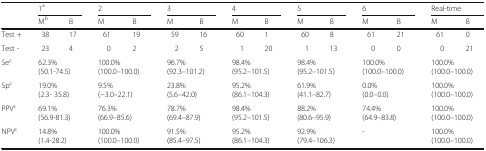
<table><thead><tr><td rowspan="2"></td><td colspan="2"><b>1<sup>a</sup></b></td><td colspan="2"><b>2</b></td><td colspan="2"><b>3</b></td><td colspan="2"><b>4</b></td><td colspan="2"><b>5</b></td><td colspan="2"><b>6</b></td><td colspan="2"><b>Real-time</b></td></tr><tr><td><b>M<sup>b</sup></b></td><td><b>B</b></td><td><b>M</b></td><td><b>B</b></td><td><b>M</b></td><td><b>B</b></td><td><b>M</b></td><td><b>B</b></td><td><b>M</b></td><td><b>B</b></td><td><b>M</b></td><td><b>B</b></td><td><b>M</b></td><td><b>B</b></td></tr></thead><tbody><tr><td>Test +</td><td>38</td><td>17</td><td>61</td><td>19</td><td>59</td><td>16</td><td>60</td><td>1</td><td>60</td><td>8</td><td>61</td><td>21</td><td>61</td><td>0</td></tr><tr><td>Test -</td><td>23</td><td>4</td><td>0</td><td>2</td><td>2</td><td>5</td><td>1</td><td>20</td><td>1</td><td>13</td><td>0</td><td>0</td><td>0</td><td>21</td></tr><tr><td>Se<sup>c</sup></td><td colspan="2">62.3%(50.1-74.5)</td><td colspan="2">100.0%(100.0–100.0)</td><td colspan="2">96.7%(92.3–101.2)</td><td colspan="2">98.4%(95.2–101.5)</td><td colspan="2">98.4%(95.2–101.5)</td><td colspan="2">100.0%(100.0–100.0)</td><td colspan="2">100.0%(100.0–100.0)</td></tr><tr><td>Sp<sup>c</sup></td><td colspan="2">19.0%(2.3- 35.8)</td><td colspan="2">9.5%(−3.0–22.1)</td><td colspan="2">23.8%(5.6–42.0)</td><td colspan="2">95.2%(86.1–104.3)</td><td colspan="2">61.9%(41.1–82.7)</td><td colspan="2">0.0%(0.0–0.0)</td><td colspan="2">100.0%(100.0–100.0)</td></tr><tr><td>PPV<sup>c</sup></td><td colspan="2">69.1%(56.9-81.3)</td><td colspan="2">76.3%(66.9–85.6)</td><td colspan="2">78.7%(69.4–87.9)</td><td colspan="2">98.4%(95.2–101.5)</td><td colspan="2">88.2%(80.6–95.9)</td><td colspan="2">74.4%(64.9–83.8)</td><td colspan="2">100.0%(100.0–100.0)</td></tr><tr><td>NPV<sup>c</sup></td><td colspan="2">14.8%(1.4-28.2)</td><td colspan="2">100.0%(100.0–100.0)</td><td colspan="2">91.5%(85.4–97.5)</td><td colspan="2">95.2%(86.1–104.3)</td><td colspan="2">92.9%(79.4–106.3)</td><td colspan="2">-</td><td colspan="2">100.0%(100.0–100.0)</td></tr></tbody></table>